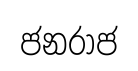
ජනරාජ